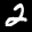
Label: 2